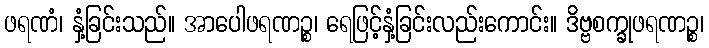
ဖရဏံ၊ နှံ့ခြင်းသည်။ အာပေါဖရဏဉ္စ၊ ရေဖြင့်နှံ့ခြင်းလည်းကောင်း။ ဒိဗ္ဗစက္ခုဖရဏဉ္စ၊